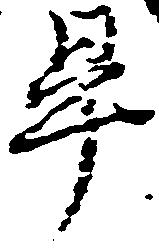
畢